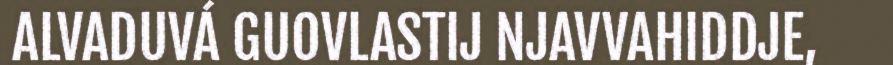
ALVADUVÁ GUOVLASTIJ NJAVVAHIDDJE,